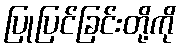
ပြုပြင်ခြင်းတို့ကို